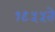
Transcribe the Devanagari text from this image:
१९५५ते